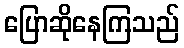
ပြောဆိုနေကြသည်